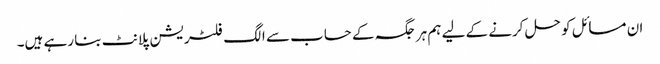
ان مسائل کو حل کرنے کے لیے ہم ہر جگہ کے حساب سے الگ فلٹریشن پلانٹ بنا رہے ہیں۔